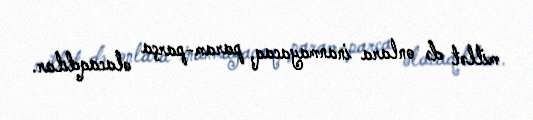
millət də onlara inanmayacaq, param-parça olacaqdılar.